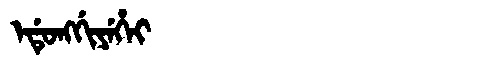
Manchu: ᡝᡩᡠᠩᡤᡳᠶᡝᡥᡝᡳ
Romanization: EDUNGGIYEHEI